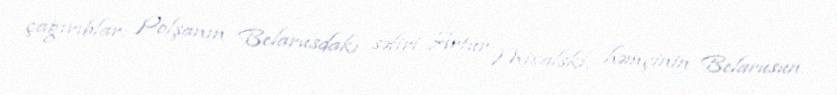
çağırıblar: Polşanın Belarusdakı səfiri Artur Mixalski, həmçinin Belarusun